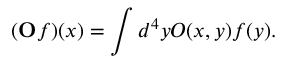
( \mathbf O f ) ( x ) = \int d ^ { 4 } y O ( x , y ) f ( y ) .